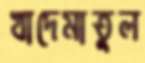
খাদেমাতুল